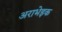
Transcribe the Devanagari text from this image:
अराभेइक